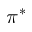
\pi ^ { * }